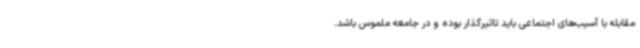
مقابله با آسیب‌های اجتماعی باید تاثیرگذار بوده و در جامعه ملموس باشد.